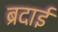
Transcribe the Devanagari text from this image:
ब्रदाई